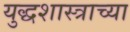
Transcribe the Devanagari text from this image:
युद्धशास्त्राच्या